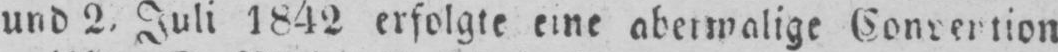
und 2. Juli 1842 erfolgte eine abermalige Convention